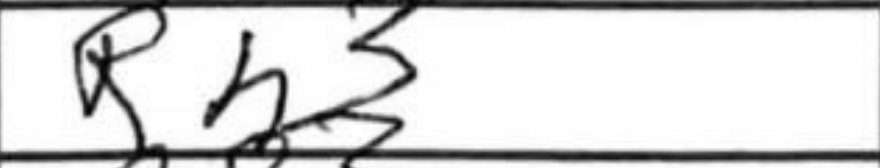
Transcription: Rh3